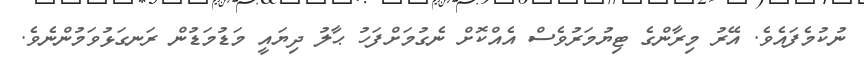
ނުކުމެފައެވެ. އޭރު މިރާންގެ ޓިޔުމަރުވެސް އެއްކޮށް ނެގުމަށްފަހު ޙާލު ދިޔައީ މަޑުމަޑުން ރަނގަޅުވަމުންނެވެ.